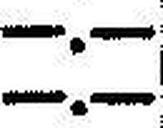
—.—